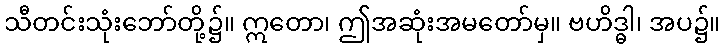
သီတင်းသုံးဘော်တို့၌။ ဣတော၊ ဤအဆုံးအမတော်မှ။ ဗဟိဒ္ဓါ၊ အပ၌။